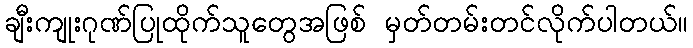
ချီးကျုးဂုဏ်ပြုထိုက်သူတွေအဖြစ် မှတ်တမ်းတင်လိုက်ပါတယ်။